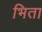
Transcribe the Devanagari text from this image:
भिता